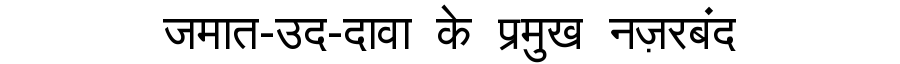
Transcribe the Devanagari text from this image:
जमात-उद-दावा के प्रमुख नज़रबंद